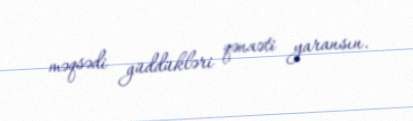
məqsədi güddükləri qənaəti yaransın.